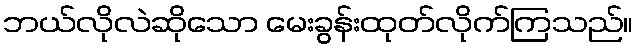
ဘယ်လိုလဲဆိုသော မေးခွန်းထုတ်လိုက်ကြသည်။